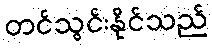
တင်သွင်းနိုင်သည်